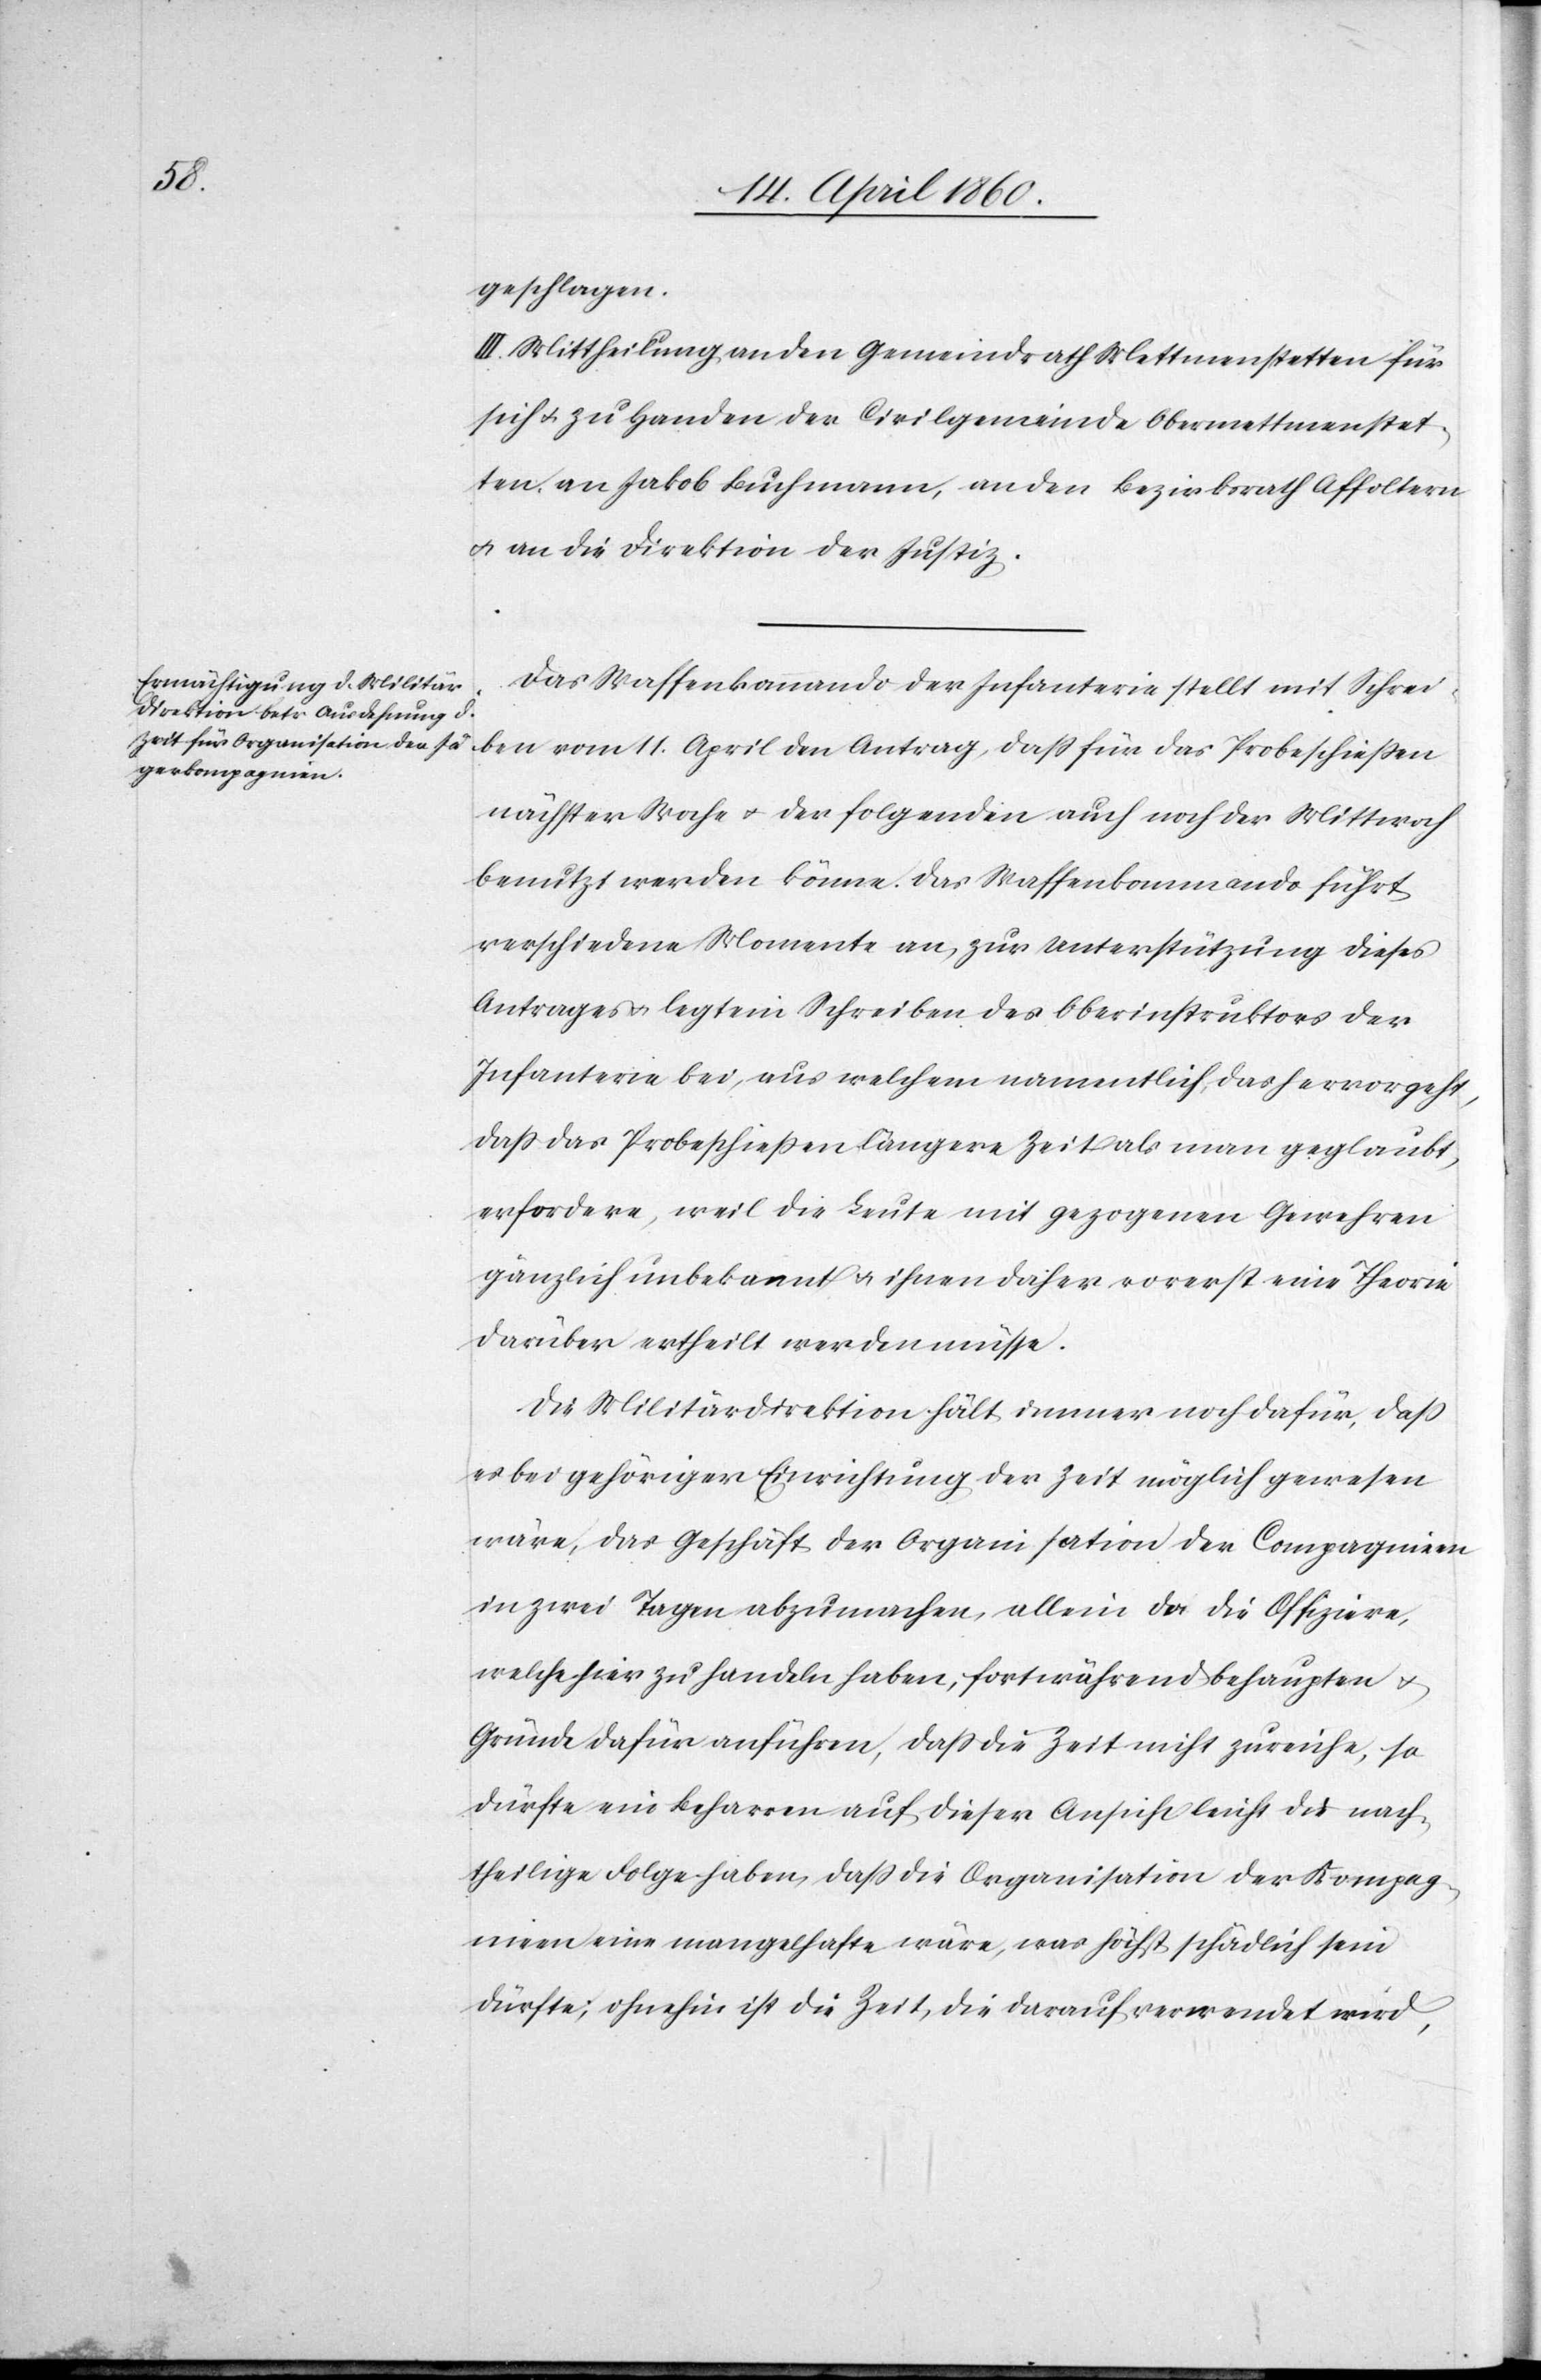
geschlagen.
III. Mittheilung an den Gemeindrath Mettmenstetten für
sich u. zu Handen der Civilgemeinde Obermettmenstet¬
ten, an Jakob Buchmann, an den Bezirksrath Affoltern
u. an die Direktion der Justiz.
Das Waffenkommando der Infanterie stellt mit Schrei¬
ben vom 11. April den Antrag, dass für das Probeschiessen
nächster Woche u. der folgenden auch noch der Mittwoch
benutzt werden könne. Das Waffenkommando führt
verschiedene Momente an, zur Unterstützung dieses
Antrages u. legt ein Schreiben des Oberinstruktors der
Infanterie bei, aus welchem namentlich das hervorgeht,
dass das Probeschiessen längere Zeit als man geglaubt,
erfordere, weil die Leute mit gezogenen Gewehren
gänzlich unbekannt u. ihnen daher vorerst eine Theorie
darüber ertheilt werden müsse.
Die Militärdirektion hält immer noch dafür, dass
es bei gehöriger Einrichtung der Zeit möglich gewesen
wäre, das Geschäft der Organisation der Compagnien
in zwei Tagen abzumachen, allein da die Offiziere,
welche hier zu handeln haben, fortwährend behaupten u.
Gründe dafür anführen, dass die Zeit nicht zureiche, so
dürfte ein Beharren auf dieser Ansicht leicht die nach¬
theilige Folge haben, dass die Organisation der Kompag¬
nien eine mangelhafte wäre, was höchst schädlich sein
dürfte; ohnehin ist die Zeit, die darauf verwendet wird,